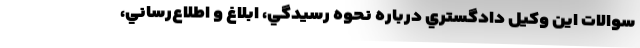
سوالات اين وكيل دادگستري درباره نحوه رسيدگي، ابلاغ و اطلاع‌رساني،